Annual report on the mental hospital in the Central Provinces and Berar (Nagpur) - 1927-1951
Year: 1927
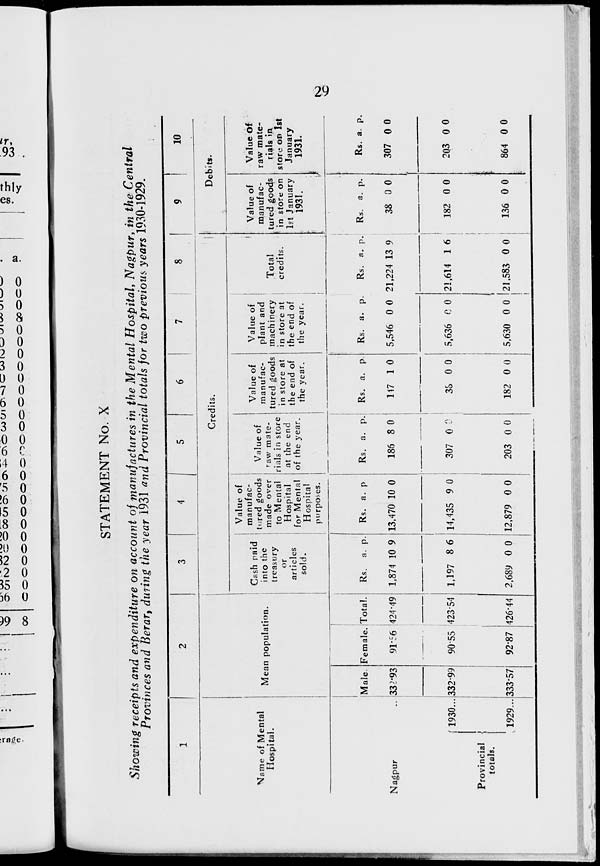
29
STATEMENT No. X
Showing receipts and expenditure on account of manufactures in the Mental Hospital, Nagpur, in the Central
Provinces and Berar, during the year 1931 and Provincial totals for two previous years 1930-1929.
1
Name of Mental
Hospital.
Nagpur ...
Provincial
totals.
1930 ...
1929 ...
2
Mean population.
Male.
332.93
332.99
333.57
Female.
91.56
90.55
92.87
Total.
424.49
423.54
426.44
3
4
5
6
7
8
Credits.
Cash paid
into the
treasury
or
articles
sold.
Rs.
1,874
1,197
2,689
a.
10
8
0
p.
9
6
0
Value of
manufac-
tured goods
made over
to Mental
Hospital
for Mental
Hospital
purposes.
Rs.
13,470
14,435
12,879
a.
10
9
0
p.
0
0
0
Value of
raw mate-
rials in store
at the end
of the year.
Rs.
186
307
203
a.
8
0
0
p.
0
0
0
Value of
manufac-
tured goods
in store at
the end of
the year.
Rs.
147
38
182
a.
1
0
0
p.
0
0
0
Value of
plant and
machinery
in store at
the end of
the year.
Rs.
5,546
5,636
5,630
a.
0
0
0
p.
0
0
0
Total
credits.
Rs.
21,224
21,614
21,583
a.
13
1
0
p.
9
6
0
9
10
Debits.
Value of
manufac-
tured goods
in store on
1st January
1931.
Rs.
38
182
136
a.
0
0
0
p.
0
0
0
Value of
raw mate-
rials in
store on 1st
January
1931.
Rs.
307
203
864
a.
0
0
0
p.
0
0
0